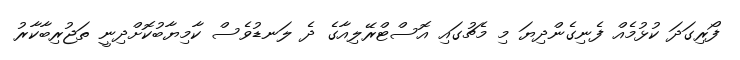
ފޯރިގަދަ ކުޅުމެއް ފެނިގެންދިޔަ މި މެޗުގައި އޮސްޓްރޭލިއާގެ ދެ ލަނޑުވެސް ކާމިޔާބުކޮށްދިނީ ތަޖުރިބާކާރު